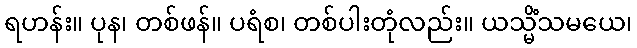
ရဟန်း။ ပုန၊ တစ်ဖန်။ ပရံစ၊ တစ်ပါးတုံလည်း။ ယသ္မိံသမယေ၊